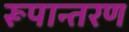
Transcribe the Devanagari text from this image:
रूपान्‍तरण